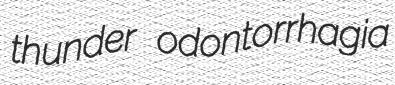
thunder odontorrhagia